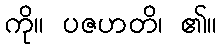
ကို။ ပဇဟတိ၊ ၏။